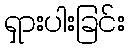
ရှားပါးခြင်း